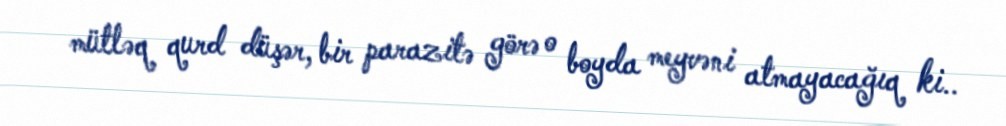
mütləq qurd düşər, bir parazitə görə o boyda meyvəni atmayacağıq ki..